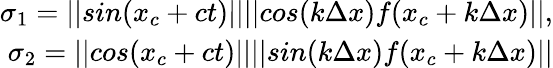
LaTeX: \begin{array}{r}{\sigma_{1}=||sin(x_{c}+ct)||||cos(k\Delta x)f(x_{c}+k\Delta x)||,}\\ {\sigma_{2}=||cos(x_{c}+ct)||||sin(k\Delta x)f(x_{c}+k\Delta x)||}\end{array}